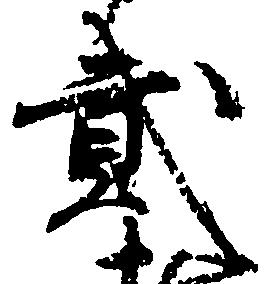
弐